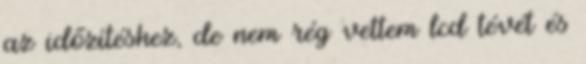
az időzítéshez, de nem rég vettem lcd tévét és